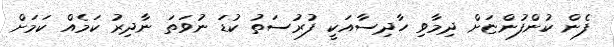
ފެން ކުންފުންޏަށް ދިމާވި ހާދިސާއަކީ ފުރުސަތު ކުޑަ ނުވަތަ ނާދިރު ކަމެއް ކަމަށް